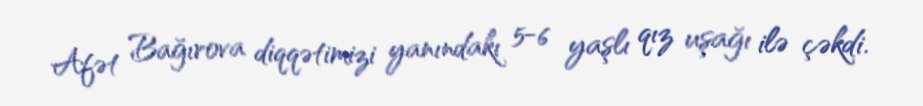
Afət Bağırova diqqətimizi yanındakı 5-6 yaşlı qız uşağı ilə çəkdi.